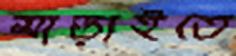
মাড়াইতে